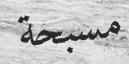
مسبحة